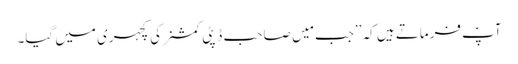
آپؑ فرماتے ہیں کہ ’’جب مَیں صاحب ڈپٹی کمشنر کی کچہری میں گیا۔